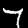
Digit: 7